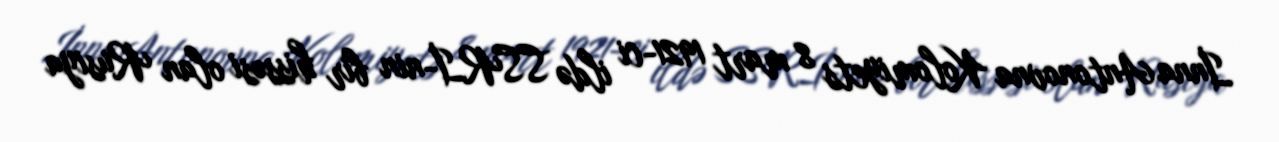
İnna Antonovna Kolomiyets 8 mart 1921-ci ildə SSRİ-nin bir hissəsi olan Rusiya